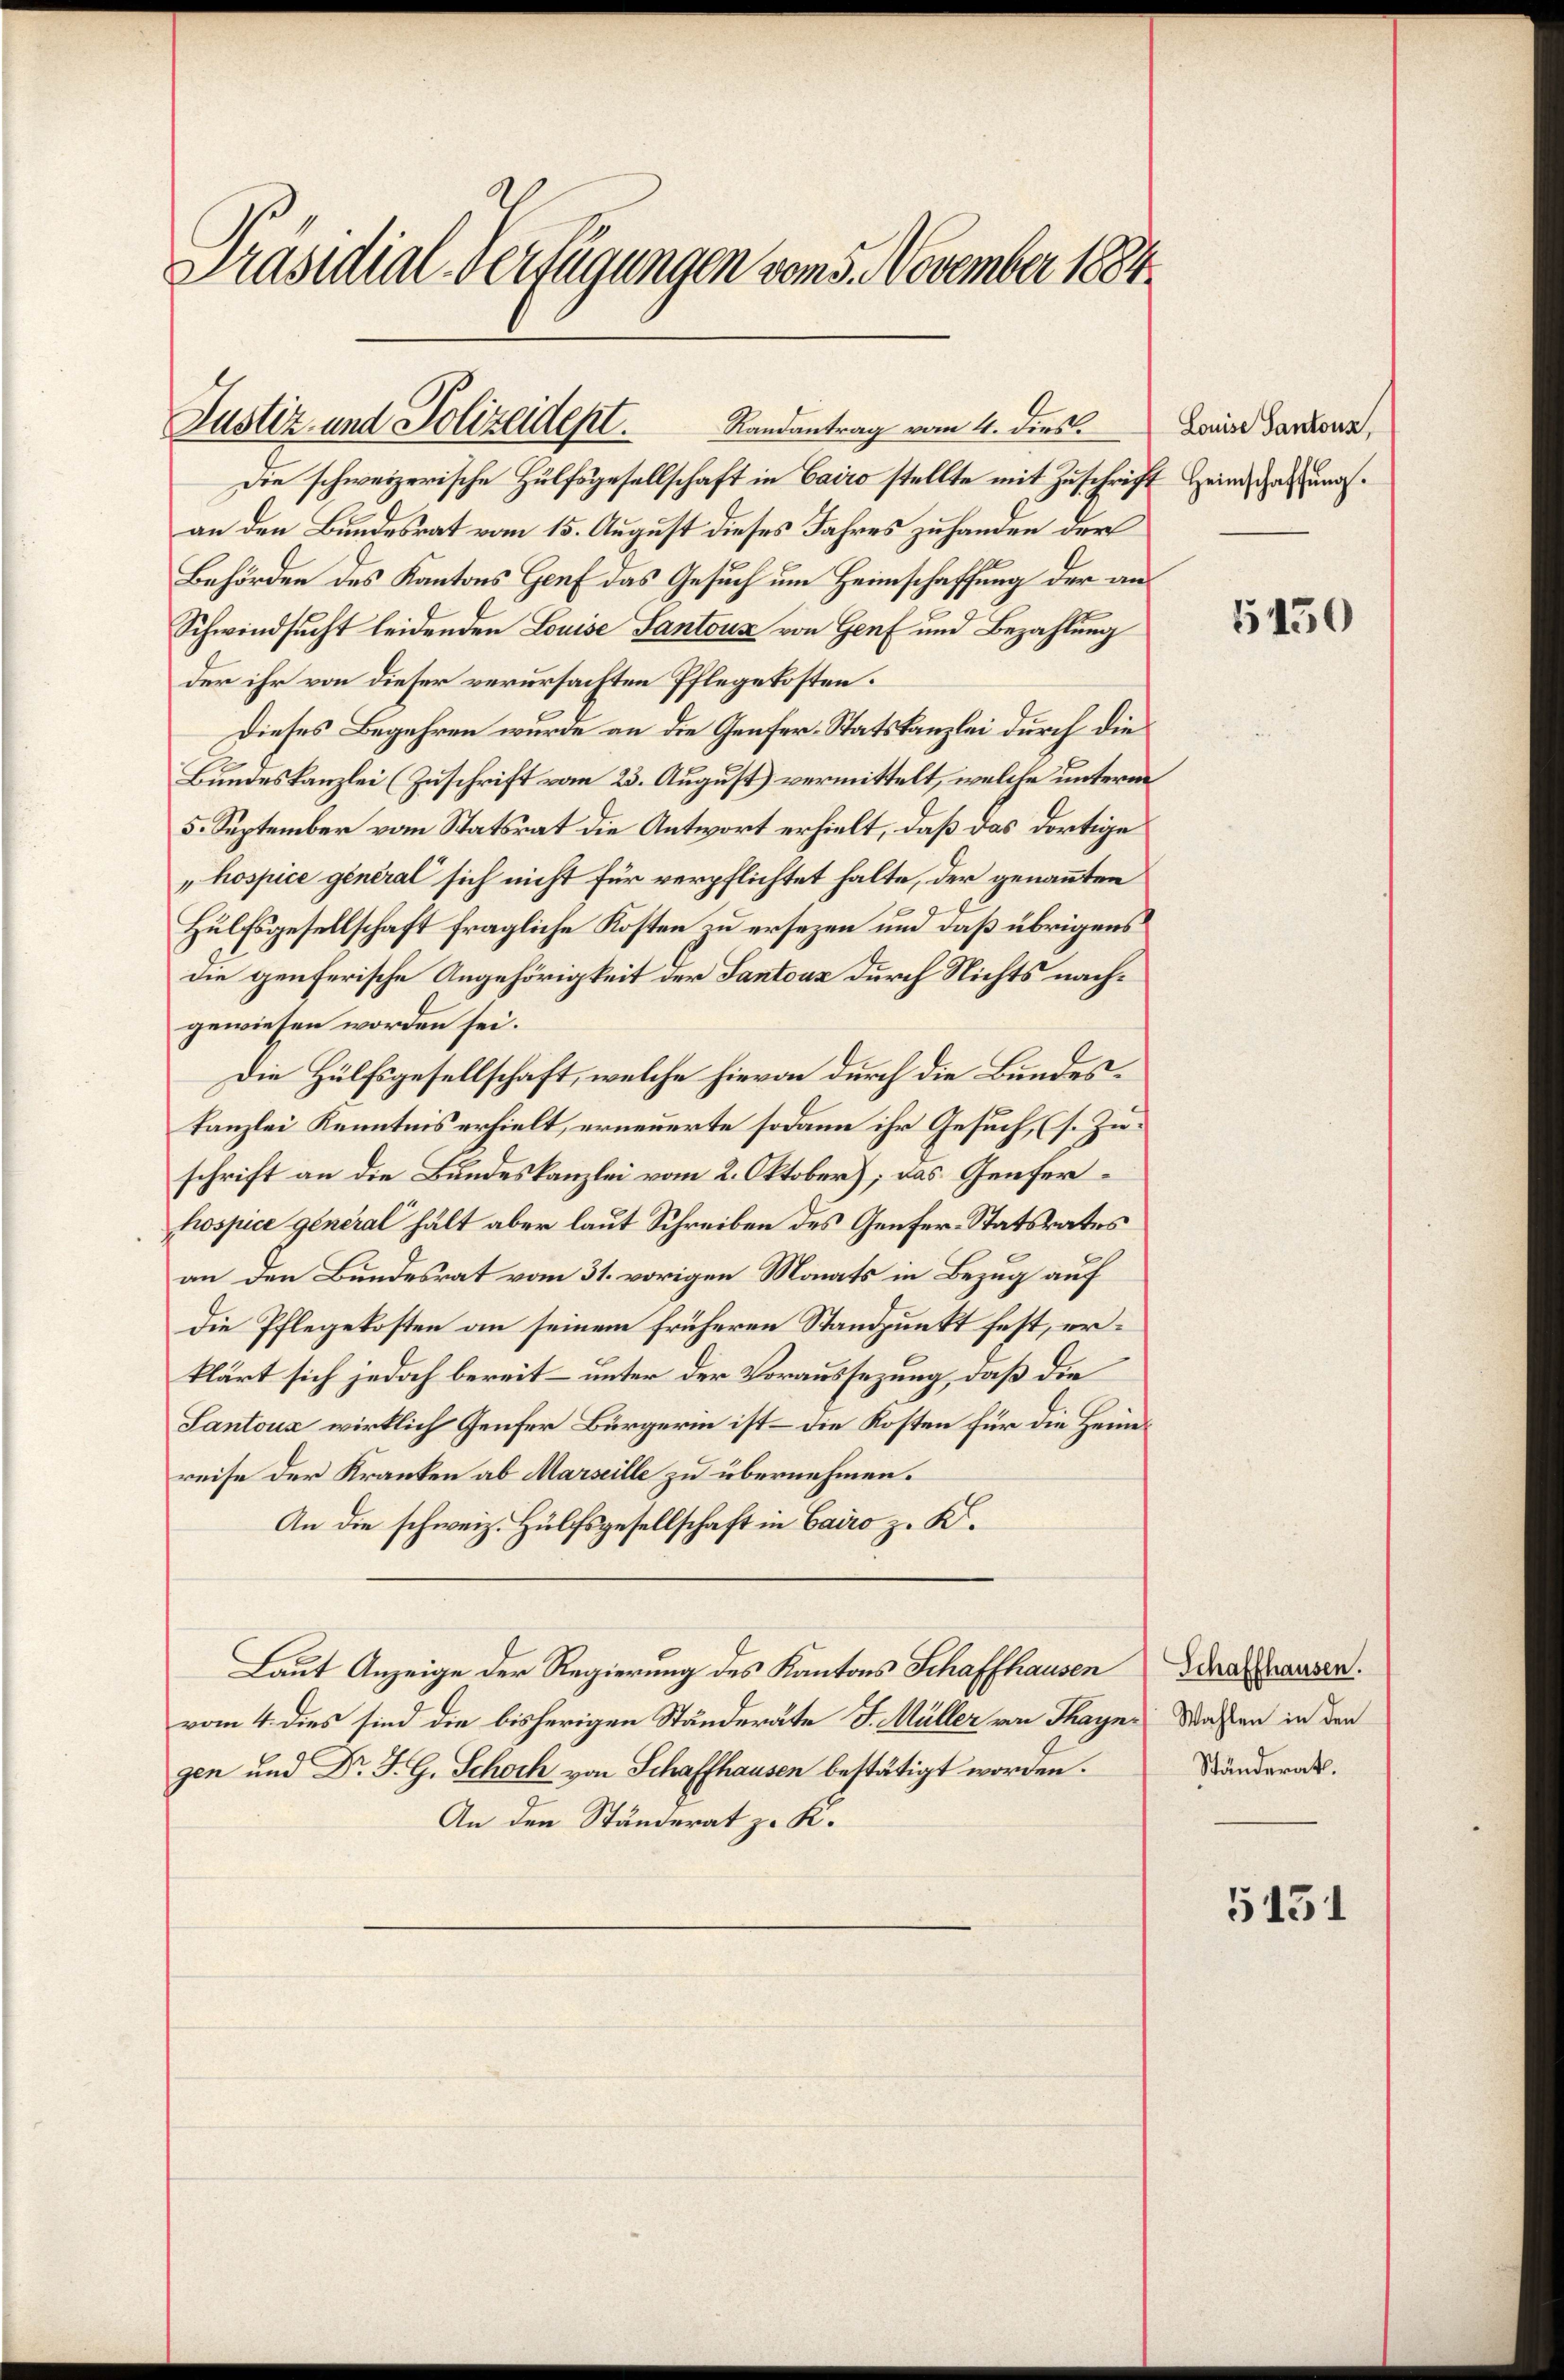
Präsidial-Verfügungen vom 5. November 1884.

Justiz- und Polizeidept.

Randantrag vom 4. dies.

Die schweizerische Hülfsgesellschaft in Cairo stellte mit Zuschrift Heimschaftungsan den Bundesrat vom 15. August dieses Jahres zuhanden der
Behörden des Kantons Genf das Gesuch um Heimschaffung der an¬
Schwindsucht leidenden Louise Santons von Genf und Bezahlung
der ihr von dieser verursachten Pflegekosten.
Dieses Begehren wurde an die Genfer-Statskanzlei durch die
Bundeskanzlei (Zuschrift vom 23. August) vermittelt, welche unterm
5. September vom Statsrat die Antwort erhielt, daß das dortige
hospice general sich nicht für verpflichtet halte, der genannten
Hülfsgesellschaft fragliche Kosten zu ersezen und daß übrigens
die genferische Angehörigkeit der Santons durch Nichts nachgewiesen worden sei.
Die Hülfsgesellschaft, welche hievon durch die Bundeskanzlei Kenntnis erhielt, erneuerte sodann ihr Gesuch, (s. Zuschrift an die Bundeskanzlei vom 2. Oktober), das Genferhospice general hält aber laut Schreiben des Genfer-Statsrates
an den Bundesrat vom 31. vorigen Monats in Bezug auf
die Pflegekosten an seinem früheren Standpunkt fest, erklärt sich jedoch bereit unter der Voraussezung, daß die
Santons wirklich Genfer Bürgerin ist – die Kosten für die Heinreise der Kranken ab Marseille zu übernehmen.
An die schweiz. Hülfsgesellschaft in Cairo z. K.
Laut Anzeige der Regierung des Kantons Schaffhausen
vom 4. dies sind die bisherigen Ständeräte J. Müller von Thayne Wassen in den
gen und Dr. J. G. Schoch von Schaffhausen bestätigt worden.
An den Ständerat z. K.

Louise Santons,

5450

Schaffhausen.
Ständerath.

5131